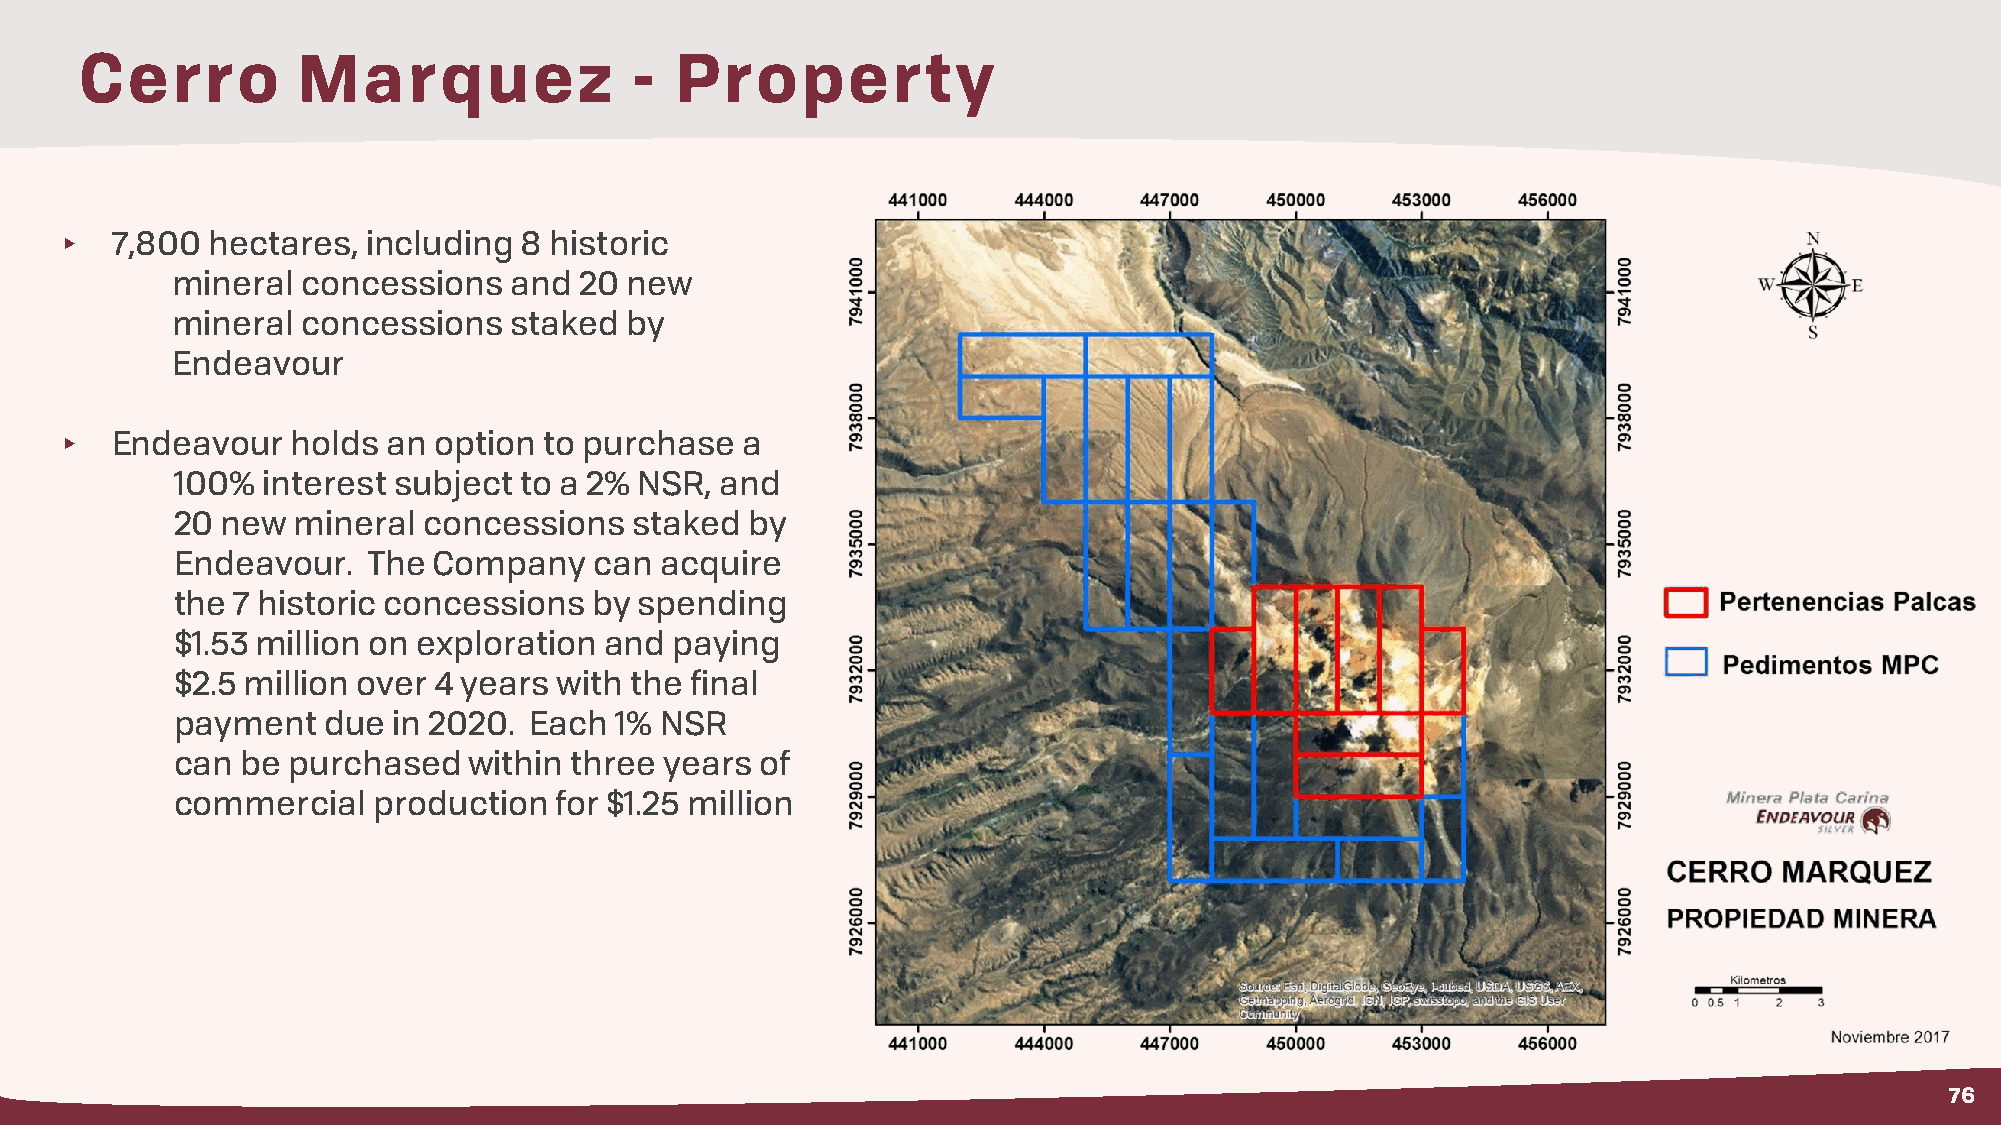
Cerro          Marquez               -  Property
 ▸  7,800  hectares, including 8 historic
 mineral  concessions   and 20 new
 mineral  concessions   staked by
 Endeavour
 ▸  Endeavour   holds  an option to purchase  a
 100% interest subject to a 2% NSR,  and
 20 new mineral  concessions   staked  by
 Endeavour.  The  Company   can  acquire
 the 7 historic concessions by spending
 $1.53 million on exploration and paying
 $2.5 million over 4 years with the final
 payment  due  in 2020. Each  1% NSR
 can be purchased   within three years of
 commercial   production  for $1.25 million
 76